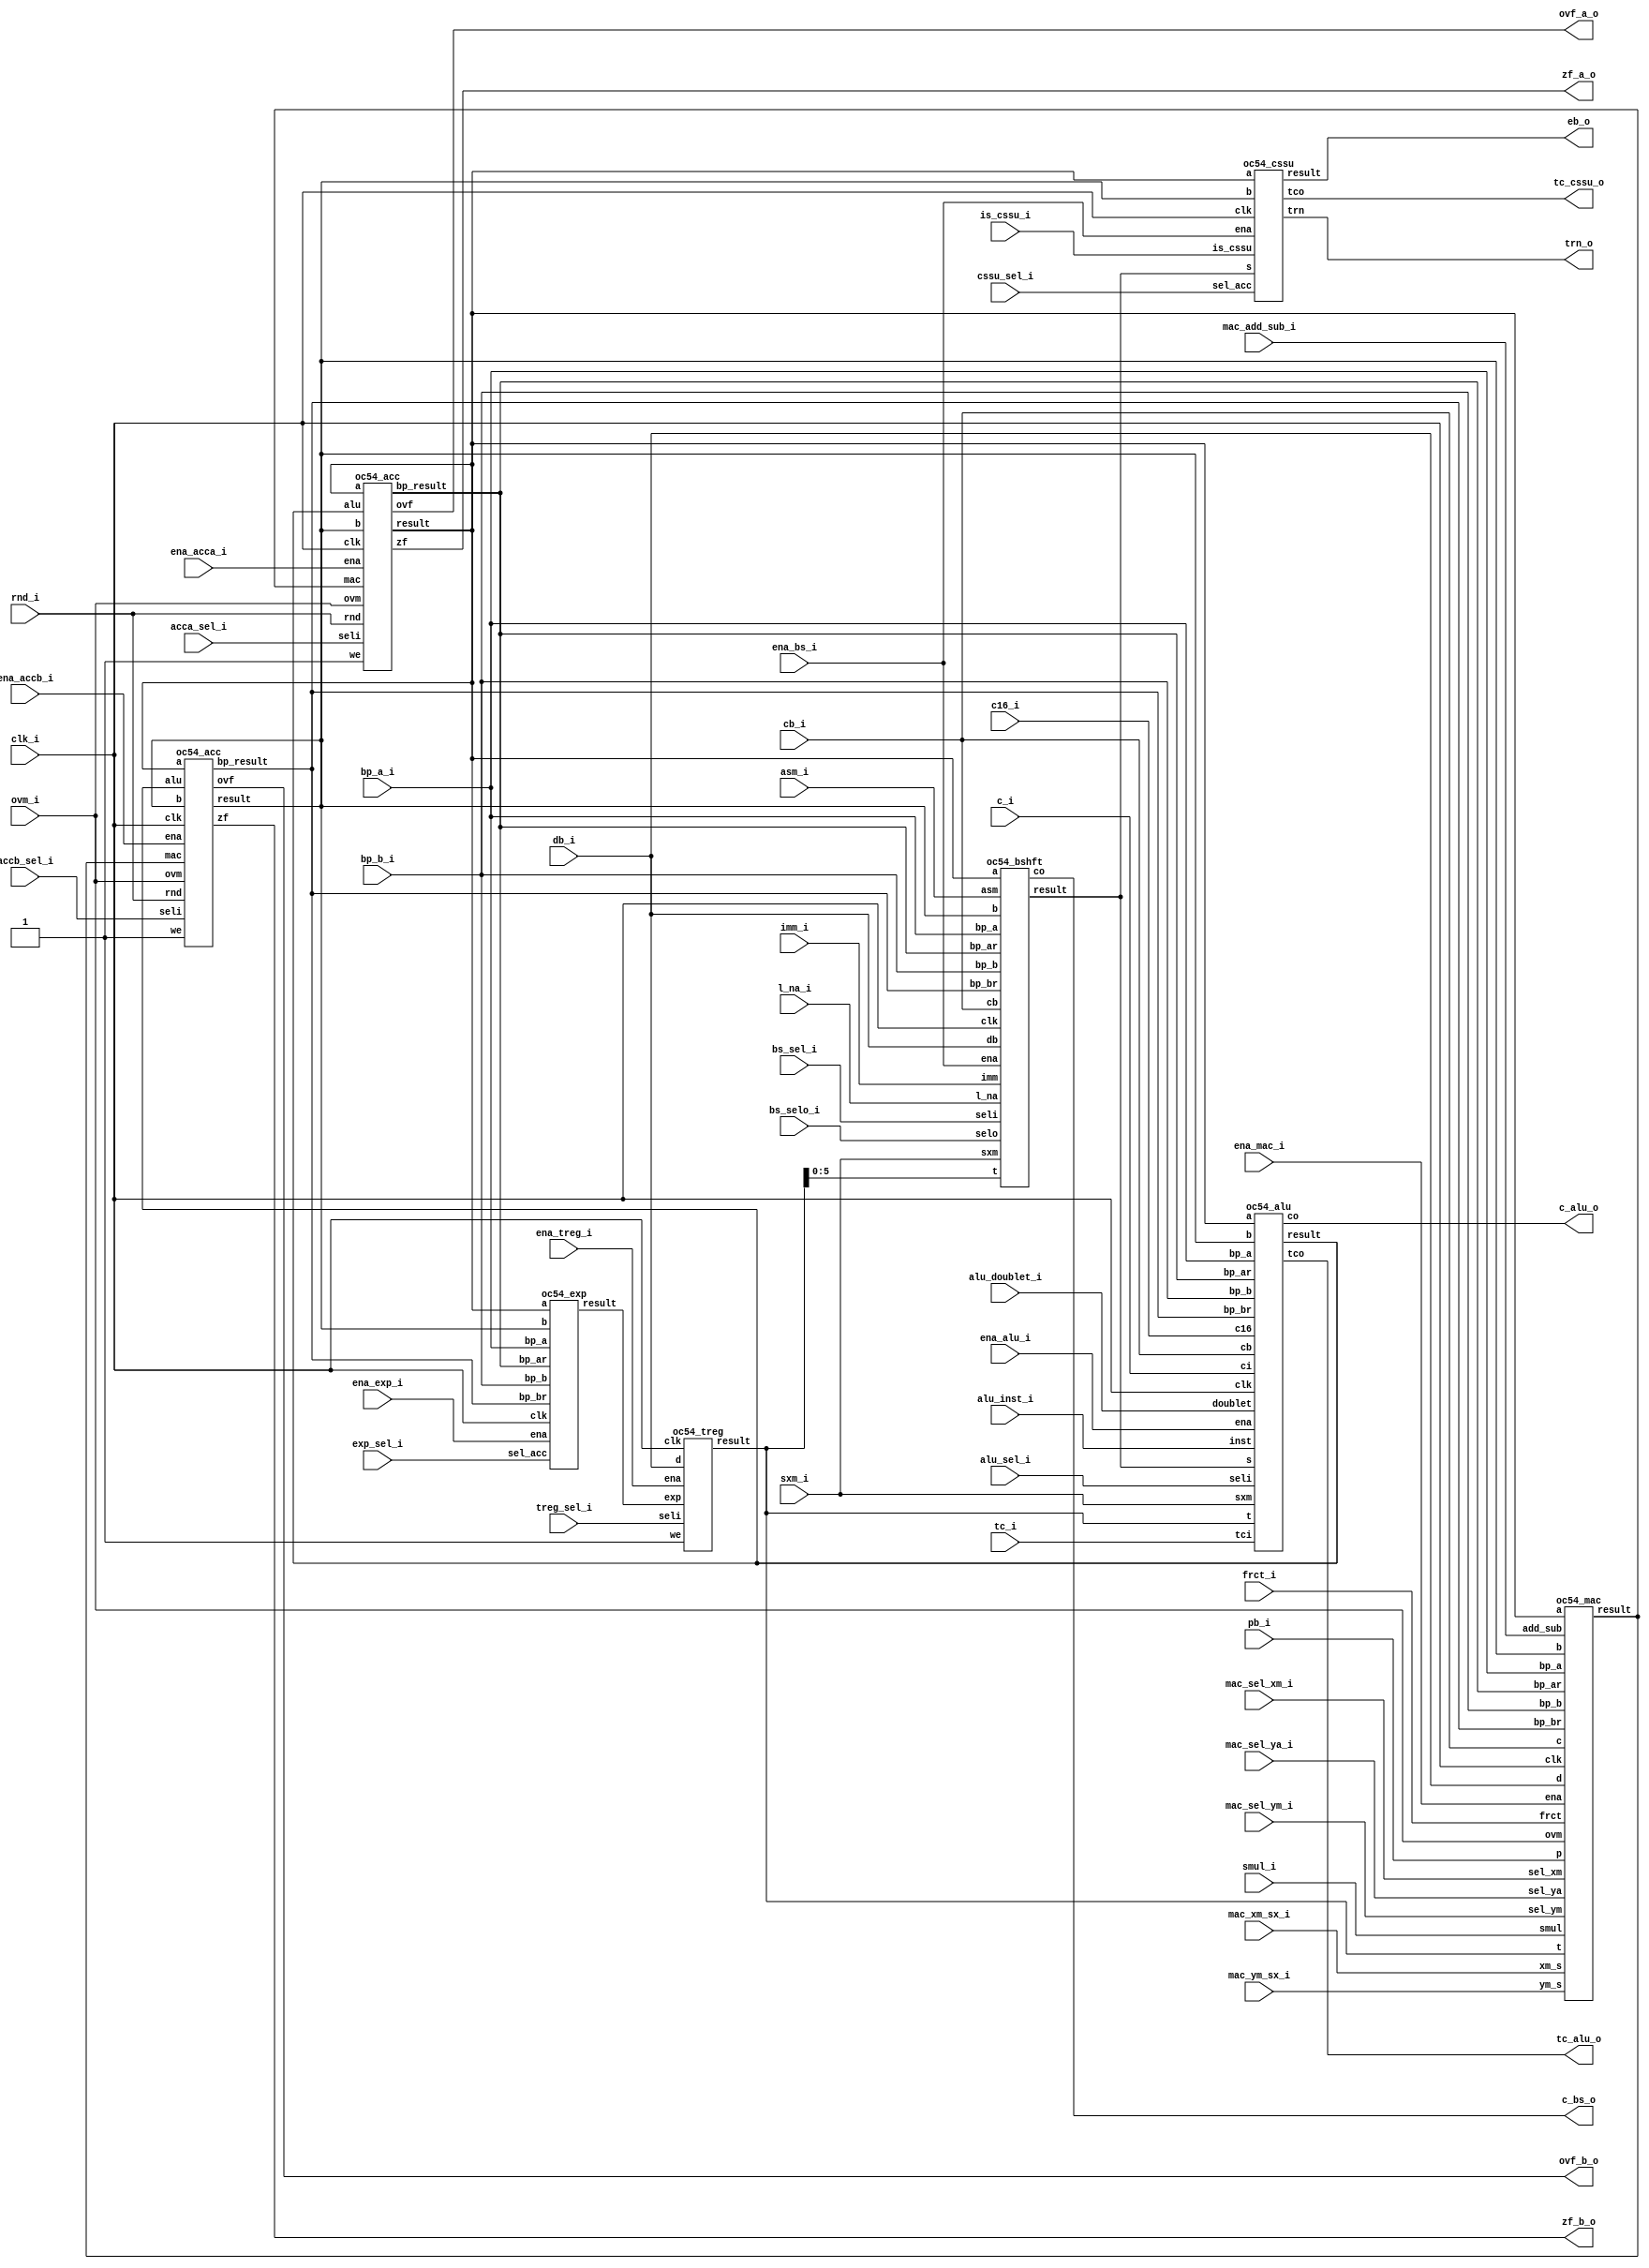

/////////////////////////////////////////////////////////////////////
////                                                             ////
////  OpenCores54 DSP, CPU                                       ////
////                                                             ////
////          richard@asics.ws                                   ////
////          www.asics.ws                                       ////
////                                                             ////
/////////////////////////////////////////////////////////////////////
////                                                             ////
//// Copyright (C) 2002 Richard Herveille                        ////
////                    richard@asics.ws                         ////
////                                                             ////
//// This source file may be used and distributed without        ////
//// restriction provided that this copyright statement is not   ////
//// removed from the file and that any derivative work contains ////
//// the original copyright notice and the associated disclaimer.////
////                                                             ////
////     THIS SOFTWARE IS PROVIDED ``AS IS'' AND WITHOUT ANY     ////
//// EXPRESS OR IMPLIED WARRANTIES, INCLUDING, BUT NOT LIMITED   ////
//// TO, THE IMPLIED WARRANTIES OF MERCHANTABILITY AND FITNESS   ////
//// FOR A PARTICULAR PURPOSE. IN NO EVENT SHALL THE AUTHOR      ////
//// OR CONTRIBUTORS BE LIABLE FOR ANY DIRECT, INDIRECT,         ////
//// INCIDENTAL, SPECIAL, EXEMPLARY, OR CONSEQUENTIAL DAMAGES    ////
//// (INCLUDING, BUT NOT LIMITED TO, PROCUREMENT OF SUBSTITUTE   ////
//// GOODS OR SERVICES; LOSS OF USE, DATA, OR PROFITS; OR        ////
//// BUSINESS INTERRUPTION) HOWEVER CAUSED AND ON ANY THEORY OF  ////
//// LIABILITY, WHETHER IN  CONTRACT, STRICT LIABILITY, OR TORT  ////
//// (INCLUDING NEGLIGENCE OR OTHERWISE) ARISING IN ANY WAY OUT  ////
//// OF THE USE OF THIS SOFTWARE, EVEN IF ADVISED OF THE         ////
//// POSSIBILITY OF SUCH DAMAGE.                                 ////
////                                                             ////
/////////////////////////////////////////////////////////////////////
				
//
// NOTE: Read the pipeline information for the CMPS instruction
//

//
// Xilinx Virtex-E WC: 41 CLB slices @ 130MHz
//
									 
//  CVS Log														     
//																     
//  $Id: oc54_cpu.v,v 1.1.1.1 2002/04/10 09:34:41 rherveille Exp $														     
//																     
//  $Date: 2002/04/10 09:34:41 $														 
//  $Revision: 1.1.1.1 $													 
//  $Author: rherveille $													     
//  $Locker:  $													     
//  $State: Exp $														 
//																     
// Change History:												     
//               $Log: oc54_cpu.v,v $
//               Revision 1.1.1.1  2002/04/10 09:34:41  rherveille
//               Initial relase OpenCores54x DSP (CPU)
//											 
																
module oc54_cpu (
	clk_i, 
	ena_mac_i, ena_alu_i, ena_bs_i, ena_exp_i,
	ena_treg_i, ena_acca_i, ena_accb_i,

	// mac
	mac_sel_xm_i, mac_sel_ym_i, mac_sel_ya_i,
	mac_xm_sx_i, mac_ym_sx_i,	mac_add_sub_i,

	// alu
	alu_inst_i, alu_sel_i, alu_doublet_i,

	// bs
	bs_sel_i, bs_selo_i, l_na_i,
	cssu_sel_i, is_cssu_i,

	// 
	exp_sel_i, treg_sel_i, 
	acca_sel_i, accb_sel_i,

	// common
	pb_i, cb_i, db_i,
	bp_a_i, bp_b_i,

	ovm_i, frct_i, smul_i, sxm_i, c16_i, rnd_i,
	c_i, tc_i,
	asm_i, imm_i,

	// outputs
	c_alu_o, c_bs_o, tc_cssu_o, tc_alu_o,
	ovf_a_o, zf_a_o, ovf_b_o, zf_b_o,
	trn_o, eb_o
	);

//
// parameters
//

//
// inputs & outputs
//
input         clk_i;
input         ena_mac_i, ena_alu_i, ena_bs_i, ena_exp_i;
input         ena_treg_i, ena_acca_i, ena_accb_i;
input  [1:0] mac_sel_xm_i, mac_sel_ym_i, mac_sel_ya_i;
input         mac_xm_sx_i, mac_ym_sx_i, mac_add_sub_i;
input  [6:0] alu_inst_i;
input  [ 1:0] alu_sel_i;
input         alu_doublet_i;
input  [ 1:0] bs_sel_i, bs_selo_i;
input         l_na_i;
input         cssu_sel_i, is_cssu_i;
input         exp_sel_i, treg_sel_i;
input  [ 1:0] acca_sel_i, accb_sel_i;
input  [15:0] pb_i, cb_i, db_i;
input         bp_a_i, bp_b_i;
input         ovm_i, frct_i, smul_i, sxm_i;
input         c16_i, rnd_i, c_i, tc_i, asm_i, imm_i;
output        c_alu_o, c_bs_o, tc_cssu_o, tc_alu_o;
output        ovf_a_o, zf_a_o, ovf_b_o, zf_b_o;
output [15:0] trn_o, eb_o;

//
// variables
//

wire [39:0] acc_a, acc_b, bp_ar, bp_br;
wire [39:0] mac_result, alu_result, bs_result;
wire [15:0] treg;
wire [ 5:0] exp_result;

//
// module body
//

	//
	// instantiate MAC
	oc54_mac cpu_mac(
		.clk(clk_i),             // clock input
		.ena(ena_mac_i),         // MAC clock enable input
		.a(acc_a),               // accumulator A input
		.b(acc_b),               // accumulator B input
		.t(treg),                // TREG input
		.p(pb_i),                // Program Data Bus input
		.c(cb_i),                // Coefficient Data Bus input
		.d(db_i),                // Data Bus input
		.sel_xm(mac_sel_xm_i),   // select multiplier-X input
		.sel_ym(mac_sel_ym_i),   // select muliplier-Y input
		.sel_ya(mac_sel_ya_i),   // select adder-Y input
		.bp_a(bp_a_i),           // bypass accumulator A select input
		.bp_b(bp_b_i),           // bypass accumulator B select input
		.bp_ar(bp_ar),           // bypass accumulator A input
		.bp_br(bp_br),           // bypass accumulator B input
		.xm_s(mac_xm_sx_i),      // sign extend multiplier x-input
		.ym_s(mac_ym_sx_i),      // sign extend multiplier y-input
		.ovm(ovm_i),             // overflow mode input
		.frct(frct_i),           // fractional mode input
		.smul(smul_i),           // saturate on multiply input
		.add_sub(mac_add_sub_i), // add/subtract input
		.result(mac_result)      // MAC result output
	);

	//
	// instantiate ALU
	oc54_alu cpu_alu(
		.clk(clk_i),             // clock input
		.ena(ena_alu_i),         // ALU clock enable input
		.inst(alu_inst_i),       // ALU instruction
		.seli(alu_sel_i),        // ALU x-input select
		.doublet(alu_doublet_i), // double t {treg, treg}
		.a(acc_a),               // accumulator A input
		.b(acc_b),               // accumulator B input
		.s(bs_result),           // barrel shifter result input
		.t(treg),                // TREG input
		.cb(cb_i),               // Coefficient Data Bus input
		.bp_a(bp_a_i),           // bypass accumulator A select input
		.bp_b(bp_b_i),           // bypass accumulator B select input
		.bp_ar(bp_ar),           // bypass accumulator A input
		.bp_br(bp_br),           // bypass accumulator B input
		.c16(c16_i),             // c16 (double 16/long-word) input
		.sxm(sxm_i),             // sign extend mode input
		.ci(c_i),                // carry input
		.tci(tc_i),              // test/control flag input
		.co(c_alu_o),            // ALU carry output
		.tco(tc_alu_o),          // ALU test/control flag output
		.result(alu_result)      // ALU result output
	);

	//
	// instantiate barrel shifter
	oc54_bshft cpu_bs(
		.clk(clk_i),             // clock input
		.ena(ena_bs_i),          // BS clock enable input
		.a(acc_a),               // accumulator A input
		.b(acc_b),               // accumulator B input
		.cb(cb_i),               // Coefficient Data Bus input
		.db(db_i),               // Data Bus input
		.bp_a(bp_a_i),           // bypass accumulator A select input
		.bp_b(bp_b_i),           // bypass accumulator B select input
		.bp_ar(bp_ar),           // bypass accumulator A input
		.bp_br(bp_br),           // bypass accumulator B input
		.l_na(l_na_i),           // BS logical/arithmetic shift mode input
		.sxm(sxm_i),             // sign extend mode input
		.seli(bs_sel_i),         // BS operand select input
		.selo(bs_selo_i),        // BS operator select input
		.t(treg[5:0]),                // TREG input
		.asm(asm_i),             // Accumulator Shift Mode input
		.imm(imm_i),             // Opcode Immediate input
		.result(bs_result),       // BS result output
		.co(c_bs_o)             // BS carry output (1 cycle ahead)
	);

	// instantiate Compare Select Store Unit
	oc54_cssu cpu_cssu(
		.clk(clk_i),             // clock input
		.ena(ena_bs_i),          // BS/CSSU clock enable input
		.sel_acc(cssu_sel_i),    // CSSU accumulator select input
		.is_cssu(is_cssu_i),     // CSSU/NormalShift operation
		.a(acc_a),               // accumulator A input
		.b(acc_b),               // accumulator B input
		.s(bs_result),           // BarrelShifter result input
		.tco(tc_cssu_o),         // test/control flag output
		.trn(trn_o),             // Transition register output
		.result(eb_o)            // Result Data Bus output
	);

	//
	// instantiate Exponent Encoder
	oc54_exp cpu_exp_enc(
		.clk(clk_i),             // clock input
		.ena(ena_exp_i),         // Exponent Encoder clock enable input
		.sel_acc(exp_sel_i),     // ExpE. accumulator select input
		.a(acc_a),               // accumulator A input
		.b(acc_b),               // accumulator B input
		.bp_ar(bp_ar),           // bypass accumulator A input
		.bp_br(bp_br),           // bypass accumulator B input
		.bp_a(bp_a_i),           // bypass accumulator A select input
		.bp_b(bp_b_i),           // bypass accumulator B select input
		.result(exp_result)      // Exponent Encoder result output
	);
	
	//
	// instantiate Temporary Register
	oc54_treg cpu_treg(
		.clk(clk_i),             // clock input
		.ena(ena_treg_i),        // treg clock enable input
		.seli(treg_sel_i),       // treg select input
		.we(1'b1),               // treg write enable input
		.exp(exp_result),        // Exponent Encoder Result input
		.d(db_i),                // Data Bus input
		.result(treg)            // TREG
	);

	//
	// instantiate accumulators
	oc54_acc cpu_acc_a(
		.clk(clk_i),             // clock input
		.ena(ena_acca_i),        // accumulator A clock enable input
		.seli(acca_sel_i),       // accumulator A select input      
		.we(1'b1),               // write enable input
		.a(acc_a),               // accumulator A input
		.b(acc_b),               // accumulator B input
		.alu(alu_result),        // ALU result input
		.mac(mac_result),        // MAC result input
		.ovm(ovm_i),             // overflow mode input
		.rnd(rnd_i),             // mac-rounding input
		.zf(zf_a_o),             // accumulator A zero flag output
		.ovf(ovf_a_o),           // accumulator A overflow flag output
		.bp_result(bp_ar),       // bypass accumulator A output
		.result(acc_a)           // accumulator A output
	);
	
	oc54_acc cpu_acc_b(
		.clk(clk_i),             // clock input
		.ena(ena_accb_i),        // accumulator B clock enable input
		.seli(accb_sel_i),       // accumulator B select input      
		.we(1'b1),               // write enable input
		.a(acc_a),               // accumulator A input
		.b(acc_b),               // accumulator B input
		.alu(alu_result),        // ALU result input
		.mac(mac_result),        // MAC result input
		.ovm(ovm_i),             // overflow mode input
		.rnd(rnd_i),             // mac-rounding input
		.zf(zf_b_o),             // accumulator B zero flag output
		.ovf(ovf_b_o),           // accumulator B overflow flag output
		.bp_result(bp_br),       // bypass accumulator B output
		.result(acc_b)           // accumulator B output
	);
endmodule


/////////////////////////////////////////////////////////////////////
////                                                             ////
////  OpenCores54 DSP, accumulator                               ////
////                                                             ////
////          richard@asics.ws                                   ////
////          www.asics.ws                                       ////
////                                                             ////
/////////////////////////////////////////////////////////////////////
////                                                             ////
//// Copyright (C) 2002 Richard Herveille                        ////
////                    richard@asics.ws                         ////
////                                                             ////
//// This source file may be used and distributed without        ////
//// restriction provided that this copyright statement is not   ////
//// removed from the file and that any derivative work contains ////
//// the original copyright notice and the associated disclaimer.////
////                                                             ////
////     THIS SOFTWARE IS PROVIDED ``AS IS'' AND WITHOUT ANY     ////
//// EXPRESS OR IMPLIED WARRANTIES, INCLUDING, BUT NOT LIMITED   ////
//// TO, THE IMPLIED WARRANTIES OF MERCHANTABILITY AND FITNESS   ////
//// FOR A PARTICULAR PURPOSE. IN NO EVENT SHALL THE AUTHOR      ////
//// OR CONTRIBUTORS BE LIABLE FOR ANY DIRECT, INDIRECT,         ////
//// INCIDENTAL, SPECIAL, EXEMPLARY, OR CONSEQUENTIAL DAMAGES    ////
//// (INCLUDING, BUT NOT LIMITED TO, PROCUREMENT OF SUBSTITUTE   ////
//// GOODS OR SERVICES; LOSS OF USE, DATA, OR PROFITS; OR        ////
//// BUSINESS INTERRUPTION) HOWEVER CAUSED AND ON ANY THEORY OF  ////
//// LIABILITY, WHETHER IN  CONTRACT, STRICT LIABILITY, OR TORT  ////
//// (INCLUDING NEGLIGENCE OR OTHERWISE) ARISING IN ANY WAY OUT  ////
//// OF THE USE OF THIS SOFTWARE, EVEN IF ADVISED OF THE         ////
//// POSSIBILITY OF SUCH DAMAGE.                                 ////
////                                                             ////
/////////////////////////////////////////////////////////////////////
																	 
//
// Xilinx Virtex-E WC: 96 CLB slices @ 51MHz
//
									 
//  CVS Log														     
//																     
//  $Id: oc54_acc.v,v 1.1.1.1 2002/04/10 09:34:39 rherveille Exp $														     
//																     
//  $Date: 2002/04/10 09:34:39 $														 
//  $Revision: 1.1.1.1 $													 
//  $Author: rherveille $													     
//  $Locker:  $													     
//  $State: Exp $														 
//																     
// Change History:												     
//               $Log: oc54_acc.v,v $
//               Revision 1.1.1.1  2002/04/10 09:34:39  rherveille
//               Initial relase OpenCores54x DSP (CPU)
//											 
																
module oc54_acc (
	clk, ena,
	seli, we,
	a, b, alu, mac,
	ovm, rnd,
	zf, ovf,
	bp_result, result 
	);

//
// parameters
//

//
// inputs & outputs
//
input         clk;
input         ena;
input  [ 1:0] seli;              // select input
input         we;                // write enable
input  [39:0] a, b, alu, mac;    // accumulators, alu, mac input
input         ovm, rnd;          // overflow mode, saturate, round
output        ovf, zf;           // carry out, overflow, zero, tc-out
output [39:0] result;            // accumulator register output
output [39:0] bp_result;         // accumulator register bypass output

reg        ovf, zf;
reg [39:0] result;

//
// variables
//
reg  [39: 0] sel_r, iresult; // select results, final result
wire         iovf;

//
// module body
//

//
// generate input selection
//

// input selection & MAC-rounding
always@(seli or a or b or alu or mac or rnd)
	case(seli) // synopsis full_case parallel_case
		2'b00: sel_r = a;
		2'b01: sel_r = b;
		2'b10: sel_r = alu;
		2'b11: sel_r = rnd ? (mac + 16'h8000) & 40'hffffff0000 : mac;
	endcase

// overflow detection
// no overflow when:
// 1) all guard bits are set (valid negative number)
// 2) no guard bits are set (valid positive number)
assign iovf = 1'b1;// !( sel_r[39:32] || (~sel_r[39:32]) );

// saturation
always@(iovf or ovm or sel_r)
	if (ovm & iovf)
		if (sel_r[39]) // negate overflow
			iresult = 40'hff80000000;
		else             // positive overflow
			iresult = 40'h007fffffff;
	else
			iresult = sel_r;

//
// generate registers
//

// generate bypass output
assign bp_result = iresult;

// result
always@(posedge clk)
	if (ena & we)
		result <= iresult;

// ovf, zf
always@(posedge clk)
	if (ena & we)
		begin
			ovf <= iovf;
			zf  <= ~|iresult;
		end

endmodule

/////////////////////////////////////////////////////////////////////
////                                                             ////
////  OpenCores54 DSP, ALU                                       ////
////                                                             ////
////          richard@asics.ws                                   ////
////          www.asics.ws                                       ////
////                                                             ////
/////////////////////////////////////////////////////////////////////
////                                                             ////
//// Copyright (C) 2002 Richard Herveille                        ////
////                    richard@asics.ws                         ////
////                                                             ////
//// This source file may be used and distributed without        ////
//// restriction provided that this copyright statement is not   ////
//// removed from the file and that any derivative work contains ////
//// the original copyright notice and the associated disclaimer.////
////                                                             ////
////     THIS SOFTWARE IS PROVIDED ``AS IS'' AND WITHOUT ANY     ////
//// EXPRESS OR IMPLIED WARRANTIES, INCLUDING, BUT NOT LIMITED   ////
//// TO, THE IMPLIED WARRANTIES OF MERCHANTABILITY AND FITNESS   ////
//// FOR A PARTICULAR PURPOSE. IN NO EVENT SHALL THE AUTHOR      ////
//// OR CONTRIBUTORS BE LIABLE FOR ANY DIRECT, INDIRECT,         ////
//// INCIDENTAL, SPECIAL, EXEMPLARY, OR CONSEQUENTIAL DAMAGES    ////
//// (INCLUDING, BUT NOT LIMITED TO, PROCUREMENT OF SUBSTITUTE   ////
//// GOODS OR SERVICES; LOSS OF USE, DATA, OR PROFITS; OR        ////
//// BUSINESS INTERRUPTION) HOWEVER CAUSED AND ON ANY THEORY OF  ////
//// LIABILITY, WHETHER IN  CONTRACT, STRICT LIABILITY, OR TORT  ////
//// (INCLUDING NEGLIGENCE OR OTHERWISE) ARISING IN ANY WAY OUT  ////
//// OF THE USE OF THIS SOFTWARE, EVEN IF ADVISED OF THE         ////
//// POSSIBILITY OF SUCH DAMAGE.                                 ////
////                                                             ////
/////////////////////////////////////////////////////////////////////
						
//
// Xilinx Virtex-E WC: 617 CLB slices @ 58MHz
//
											 
//  CVS Log														     
//																     
//  $Id: oc54_alu.v,v 1.1.1.1 2002/04/10 09:34:40 rherveille Exp $														     
//																     
//  $Date: 2002/04/10 09:34:40 $														 
//  $Revision: 1.1.1.1 $													 
//  $Author: rherveille $													     
//  $Locker:  $													     
//  $State: Exp $														 
//																     
// Change History:												     
//               $Log: oc54_alu.v,v $
//               Revision 1.1.1.1  2002/04/10 09:34:40  rherveille
//               Initial relase OpenCores54x DSP (CPU)
//											 
																
////                                                             ////
////  OpenCores54 DSP, ALU defines                               ////
////                                                             ////
////          richard@asics.ws                                   ////
////          www.asics.ws                                       ////
////                                                             ////
/////////////////////////////////////////////////////////////////////
////                                                             ////
//// Copyright (C) 2002 Richard Herveille                        ////
////                    richard@asics.ws                         ////
////                                                             ////
//// This source file may be used and distributed without        ////
//// restriction provided that this copyright statement is not   ////
//// removed from the file and that any derivative work contains ////
//// the original copyright notice and the associated disclaimer.////
////                                                             ////
////     THIS SOFTWARE IS PROVIDED ``AS IS'' AND WITHOUT ANY     ////
//// EXPRESS OR IMPLIED WARRANTIES, INCLUDING, BUT NOT LIMITED   ////
//// TO, THE IMPLIED WARRANTIES OF MERCHANTABILITY AND FITNESS   ////
//// FOR A PARTICULAR PURPOSE. IN NO EVENT SHALL THE AUTHOR      ////
//// OR CONTRIBUTORS BE LIABLE FOR ANY DIRECT, INDIRECT,         ////
//// INCIDENTAL, SPECIAL, EXEMPLARY, OR CONSEQUENTIAL DAMAGES    ////
//// (INCLUDING, BUT NOT LIMITED TO, PROCUREMENT OF SUBSTITUTE   ////
//// GOODS OR SERVICES; LOSS OF USE, DATA, OR PROFITS; OR        ////
//// BUSINESS INTERRUPTION) HOWEVER CAUSED AND ON ANY THEORY OF  ////
//// LIABILITY, WHETHER IN  CONTRACT, STRICT LIABILITY, OR TORT  ////
//// (INCLUDING NEGLIGENCE OR OTHERWISE) ARISING IN ANY WAY OUT  ////
//// OF THE USE OF THIS SOFTWARE, EVEN IF ADVISED OF THE         ////
//// POSSIBILITY OF SUCH DAMAGE.                                 ////
////                                                             ////
/////////////////////////////////////////////////////////////////////
																	 
//  CVS Log														     
//																     
//  $Id: oc54_alu_defines.v,v 1.1.1.1 2002/04/10 09:34:40 rherveille Exp $														     
//																     
//  $Date: 2002/04/10 09:34:40 $														 
//  $Revision: 1.1.1.1 $													 
//  $Author: rherveille $													     
//  $Locker:  $													     
//  $State: Exp $														 
//																     
// Change History:												     
//               $Log: oc54_alu_defines.v,v $
//               Revision 1.1.1.1  2002/04/10 09:34:40  rherveille
//               Initial relase OpenCores54x DSP (CPU)
//											 
																

//
// Encoding: bit[6] always zero
//           bit[5:4] instuction type
//           - 00: (dual) arithmetic
//           - 01: logical (incl. shift)
//           - 10: bit-test & compare
//           - 11: reserved
// Leonardo-Spectrum seems to like the additional zero bit[6] in
// the encoding scheme. It produces the smallest and fastest code 
// like this. (Why ???)
//

//
// arithmetic instructions
//







//
// dual arithmetic instructions
//






//
// logical instructions
//





//
// shift instructions
//





//
// bit test instructions
//







//
// condition codes for CMP-test
//






module oc54_alu (
	clk, ena, inst,
	seli, doublet,
	a, b, s, t, cb,
	bp_a, bp_b,	bp_ar, bp_br,
	c16, sxm, ci, tci, 
	co, tco,
	result
	);

//
// parameters
//

//
// inputs & outputs
//
input         clk;
input         ena;
input  [ 6:0] inst;              // instruction
input  [ 1:0] seli;              // input selection
input         doublet;           // {T, T}
input  [39:0] a, b, s;           // accumulators + shifter inputs
input  [15:0] t, cb;             // TREG + c-bus input
input  [39:0] bp_ar, bp_br;      // bypass a register, bypass b register
input         bp_a, bp_b;        // bypass select
input         c16, sxm;          // dual-mode, sign-extend-mode, 
input         ci, tci;           // carry in, tc-in
output        co, tco;           // carry out, overflow, zero, tc-out
output [39:0] result;

reg        co, tco;
reg [39:0] result;

//
// variables
//
reg [39:0] iresult;
reg        itco, ico;
reg [39:0] x;

wire [39:0] y;

reg dc16, dci, dtci;

reg [6:0] dinst;


//
// module body
//

//
// generate input selection, barrel-shifter has 1cycle delay
//
always@(posedge clk)
	if (ena)
		case(seli) // synopsis full_case parallel_case
			2'b00 : 
				if (doublet)
					x <= {8'b00000000, t, t}; // is this correct ??
				else
					x <= {sxm, t};
					// PAJ ? x <= { {39-15{sxm ? t[15] : 1'b0}}, t};
			2'b01 : x <= bp_a ? bp_ar : a;
			2'b10 : x <= bp_b ? bp_br : b;
			2'b11 : x <= cb; 
			// PAJ ? 2'b11 : x <= { {39-15{sxm ? cb[15] : 1'b0}}, cb}; 
		endcase

assign y = s; // second input from barrel-shifter

//
// delay control signals
//
always@(posedge clk)
	if (ena)
		begin
			dc16   <= c16;
			dci    <= ci;
			dtci   <= tci;
			dinst  <= inst;
		end

//
// generate ALU
//
always@(dinst or x or y or dc16 or dtci or dci)
begin

/*
	ico     = dci;
	itco    = dtci;
	iresult = x;
*/

	case(dinst) // synopsis full_case parallel_case
		//
		// Arithmetic instructions
		//
		7'b0000000 : // absolute value
			begin
				if (x[39])
					iresult = (~x) + 1'b1;
				else
					iresult = x;

					ico     = ~|(iresult);
			end

		7'b0000010 : // ALSO ADDC, ADDS. For ADD, ADDS ci = 1'b0;
			begin
				iresult = x + y + dci;
				ico     = iresult[32];
			end

		7'b0000100 : // ALSO MIN. MAX: x==accA, y==accB, MIN: x==accB, y ==accA
			begin
					ico     = (x > y);
					iresult = (x > y) ? x : y;
			end

		7'b0000001 :
			begin
					iresult = (~x) + 1'b1;
					ico     = ~|(iresult);
			end

		7'b0000011 : // ALSO SUBB, SUBS. For SUB, SUBS ci = 1'b1;
			begin
				iresult = x - y - ~dci;
				ico     = iresult[32];
			end

		7'b0000101 : // subtract conditional (for division)
			begin
				// FIXME: Is this correct ?? How does SUBC affect the carry bit ?
			//	iresult = x - y;
				ico     = iresult[32];

				if ( x > 0 )
//					iresult = (iresult << 1) + 1'b1;
					iresult = ({x[38:0], 1'b0}) + 1'b1;
				else
//					iresult = x << 1;
					iresult = {x[38:0], 1'b0};
			end
					

		//
		// Dual Precision Arithmetic instructions
		//
		7'b0001000 :
			if (dc16)  // dual add          result_hi/lo = x_hi/lo + y_hi/lo
				begin
					iresult[39:16] = x[31:16] + y[31:16];
					iresult[15: 0] = x[15: 0] + y[15: 0]; 
				end
			else      // 32bit add         result = x + y
					{ico, iresult} = x + y;
				
		7'b0001100 :
			if (dc16) // dual subtract     result_hi/lo = x_hi/lo - y_hi/lo
				begin
					iresult[39:16] = x[31:16] - y[31:16];
					iresult[15: 0] = x[15: 0] - y[15: 0]; 
				end
			else     // 32bit subtract    result = x - y
				begin
					iresult = x - y;
					ico     = iresult[32];
				end

		7'b0001101 : // ALSO DSUBT: make sure x = {T, T}
			if (dc16)	// dual reverse sub. result_hi/lo = y_hi/lo - x_hi/lo
				begin
					iresult[39:16] = y[31:16] - x[31:16];
					iresult[15: 0] = y[15: 0] - x[15: 0]; 
				end
			else     // 32bit reverse sub.result = y - x
				begin
					iresult = y - x;
					ico     = iresult[32];
				end

		7'b0001110 : // DSADT: make  sure x = {T, T}
			if (dc16)
				begin
						iresult[39:16] = y[31:16] - x[31:16];
						iresult[15: 0] = y[15: 0] + x[15: 0]; 
				end
			else
				begin
					iresult = y - x;
					ico     = iresult[32];
				end
	
		7'b0001001 : // DADST: make sure x = {T, T}
			if (dc16)
				begin
						iresult[39:16] = y[31:16] + x[31:16];
						iresult[15: 0] = y[15: 0] - x[15: 0]; 
				end
			else
				begin
					iresult = x + y;
					ico     = iresult[32];
				end
				
		//
		// logical instructions
		//
		7'b0010000 : // CMPL
					iresult = ~x;

		7'b0010001 :
					iresult = x & y;

		7'b0010010 :
					iresult = x | y;

		7'b0010011 :
					iresult = x ^ y;

		//
		// shift instructions
		//
		7'b0010100 :
			begin
					iresult[39:32] = 8'b00000000;
					iresult[31: 0] = {x[30:0], dci};
					ico            = x[31];
			end

		7'b0010101 :
			begin
					iresult[39:32] = 8'b00000000;
					iresult[31: 0] = {x[30:0], dtci};
					ico            = x[31];
			end

		7'b0010110 :
			begin
					iresult[39:32] = 8'b00000000;
					iresult[31: 0] = {dci, x[31:1]};
					ico            = x[0];
			end

		7'b0010111 :
			if (x[31] & x[30])
				begin
//					iresult = x << 1;
					iresult = {x[38:0], 1'b0};
					itco    = 1'b0;
				end
			else
				begin
					iresult = x;
					itco    = 1'b1;
				end

		//
		// bit test and compare instructions
		//
		7'b0100000 :
					itco = ~|( x[15:0] & y[15:0] );

		7'b0100001 : // BIT, BITT y=Smem, x=imm or T
					//itco = y[ ~x[3:0] ]; // maybe do ~x at a higher level ??
					itco = y[0]; // maybe do ~x at a higher level ??

		7'b0100100	: // ALSO CMPM. for CMPM [39:16]==0
					itco = ~|(x ^ y);
		7'b0100101 :
					itco = x < y;
		7'b0100110 :
					itco = x > y;
		7'b0100111 :
					itco = |(x ^ y);

		//
		// NOP
		//
		default :
			begin
				ico     = dci;
				itco    = dtci;
				iresult = x;
			end
	endcase				
end


//
// generate registers
//

// result
always@(posedge clk)
	if (ena)
		result <= iresult;

// tco, co
always@(posedge clk)
	if (ena)
		begin
			tco <= itco;
			co  <= ico;
		end

endmodule


/////////////////////////////////////////////////////////////////////
////                                                             ////
////  OpenCores54 DSP, ALU defines                               ////
////                                                             ////
////          richard@asics.ws                                   ////
////          www.asics.ws                                       ////
////                                                             ////
/////////////////////////////////////////////////////////////////////
////                                                             ////
//// Copyright (C) 2002 Richard Herveille                        ////
////                    richard@asics.ws                         ////
////                                                             ////
//// This source file may be used and distributed without        ////
//// restriction provided that this copyright statement is not   ////
//// removed from the file and that any derivative work contains ////
//// the original copyright notice and the associated disclaimer.////
////                                                             ////
////     THIS SOFTWARE IS PROVIDED ``AS IS'' AND WITHOUT ANY     ////
//// EXPRESS OR IMPLIED WARRANTIES, INCLUDING, BUT NOT LIMITED   ////
//// TO, THE IMPLIED WARRANTIES OF MERCHANTABILITY AND FITNESS   ////
//// FOR A PARTICULAR PURPOSE. IN NO EVENT SHALL THE AUTHOR      ////
//// OR CONTRIBUTORS BE LIABLE FOR ANY DIRECT, INDIRECT,         ////
//// INCIDENTAL, SPECIAL, EXEMPLARY, OR CONSEQUENTIAL DAMAGES    ////
//// (INCLUDING, BUT NOT LIMITED TO, PROCUREMENT OF SUBSTITUTE   ////
//// GOODS OR SERVICES; LOSS OF USE, DATA, OR PROFITS; OR        ////
//// BUSINESS INTERRUPTION) HOWEVER CAUSED AND ON ANY THEORY OF  ////
//// LIABILITY, WHETHER IN  CONTRACT, STRICT LIABILITY, OR TORT  ////
//// (INCLUDING NEGLIGENCE OR OTHERWISE) ARISING IN ANY WAY OUT  ////
//// OF THE USE OF THIS SOFTWARE, EVEN IF ADVISED OF THE         ////
//// POSSIBILITY OF SUCH DAMAGE.                                 ////
////                                                             ////
/////////////////////////////////////////////////////////////////////
																	 
//  CVS Log														     
//																     
//  $Id: oc54_alu_defines.v,v 1.1.1.1 2002/04/10 09:34:40 rherveille Exp $														     
//																     
//  $Date: 2002/04/10 09:34:40 $														 
//  $Revision: 1.1.1.1 $													 
//  $Author: rherveille $													     
//  $Locker:  $													     
//  $State: Exp $														 
//																     
// Change History:												     
//               $Log: oc54_alu_defines.v,v $
//               Revision 1.1.1.1  2002/04/10 09:34:40  rherveille
//               Initial relase OpenCores54x DSP (CPU)
//											 
																

//
// Encoding: bit[6] always zero
//           bit[5:4] instuction type
//           - 00: (dual) arithmetic
//           - 01: logical (incl. shift)
//           - 10: bit-test & compare
//           - 11: reserved
// Leonardo-Spectrum seems to like the additional zero bit[6] in
// the encoding scheme. It produces the smallest and fastest code 
// like this. (Why ???)
//

//
// arithmetic instructions
//







//
// dual arithmetic instructions
//






//
// logical instructions
//





//
// shift instructions
//





//
// bit test instructions
//







//
// condition codes for CMP-test
//





/////////////////////////////////////////////////////////////////////
////                                                             ////
////  OpenCores54 DSP, Barrel Shifter                            ////
////                                                             ////
////          richard@asics.ws                                   ////
////          www.asics.ws                                       ////
////                                                             ////
/////////////////////////////////////////////////////////////////////
////                                                             ////
//// Copyright (C) 2002 Richard Herveille                        ////
////                    richard@asics.ws                         ////
////                                                             ////
//// This source file may be used and distributed without        ////
//// restriction provided that this copyright statement is not   ////
//// removed from the file and that any derivative work contains ////
//// the original copyright notice and the associated disclaimer.////
////                                                             ////
////     THIS SOFTWARE IS PROVIDED ``AS IS'' AND WITHOUT ANY     ////
//// EXPRESS OR IMPLIED WARRANTIES, INCLUDING, BUT NOT LIMITED   ////
//// TO, THE IMPLIED WARRANTIES OF MERCHANTABILITY AND FITNESS   ////
//// FOR A PARTICULAR PURPOSE. IN NO EVENT SHALL THE AUTHOR      ////
//// OR CONTRIBUTORS BE LIABLE FOR ANY DIRECT, INDIRECT,         ////
//// INCIDENTAL, SPECIAL, EXEMPLARY, OR CONSEQUENTIAL DAMAGES    ////
//// (INCLUDING, BUT NOT LIMITED TO, PROCUREMENT OF SUBSTITUTE   ////
//// GOODS OR SERVICES; LOSS OF USE, DATA, OR PROFITS; OR        ////
//// BUSINESS INTERRUPTION) HOWEVER CAUSED AND ON ANY THEORY OF  ////
//// LIABILITY, WHETHER IN  CONTRACT, STRICT LIABILITY, OR TORT  ////
//// (INCLUDING NEGLIGENCE OR OTHERWISE) ARISING IN ANY WAY OUT  ////
//// OF THE USE OF THIS SOFTWARE, EVEN IF ADVISED OF THE         ////
//// POSSIBILITY OF SUCH DAMAGE.                                 ////
////                                                             ////
/////////////////////////////////////////////////////////////////////
					
//
// Xilinx Virtex-E WC: 348 CLB slices @ 68MHz
//
												 
//  CVS Log														     
//																     
//  $Id: oc54_bshft.v,v 1.1.1.1 2002/04/10 09:34:40 rherveille Exp $														     
//																     
//  $Date: 2002/04/10 09:34:40 $														 
//  $Revision: 1.1.1.1 $													 
//  $Author: rherveille $													     
//  $Locker:  $													     
//  $State: Exp $														 
//																     
// Change History:												     
//               $Log: oc54_bshft.v,v $
//               Revision 1.1.1.1  2002/04/10 09:34:40  rherveille
//               Initial relase OpenCores54x DSP (CPU)
//											 
																
module oc54_bshft (
	clk, ena, 
	a, b, cb, db,
	bp_a, bp_b, bp_ar, bp_br,
	l_na, sxm, seli, selo,
	t, asm, imm,
	result, co
	);

//
// parameters
//

//
// inputs & outputs
//
input         clk;
input         ena;
input  [39:0] a, b;           // accumulator
input  [15:0] cb, db;         // memory data inputs
input  [39:0] bp_ar, bp_br;   // bypass a register, bypass b register
input         bp_a, bp_b;     // bypass select
input         sxm;            // sign extend mode
input         l_na;           // logical/not arithmetic shift
input  [ 1:0] seli;           // select operand (input)
input  [ 1:0] selo;           // select operator
input  [ 5:0] t;              // TREG, 6lsbs
input  asm;            // asm bits
input  imm;            // 5bit immediate value
output [39:0] result;
output        co;             // carry out output

reg [39:0] result;
reg        co;

//
// variables
//

reg [ 5:0] shift_cnt;
reg [39:0] operand;

//
// module body
//


//
// generate shift count
//
always@(selo or t or asm or imm)
	case (selo) // synopsis full_case parallel_case
		2'b00: shift_cnt = t;
		2'b01: shift_cnt = {asm, asm, asm, asm, asm};
		2'b10: shift_cnt = {imm, imm, imm, imm, imm};
		2'b11: shift_cnt = {imm, imm, imm, imm, imm};
	endcase

//
// generate operand
//
always@(seli or bp_a or a or bp_ar or bp_b or b or bp_br or cb or db)
	case (seli) // synopsis full_case parallel_case
		2'b00 : operand = bp_b ? bp_br : b;
		2'b01 : operand = bp_a ? bp_ar : a;
		2'b10 : operand = db;       // 16bit operand databus
		2'b11 : operand = {cb, db}; // 32bit operand
	endcase

//
// generate shifter
//
always@(posedge clk)
	if (ena)
		if (l_na) // logical shift
			if (shift_cnt[5])
				begin
					result[39:32] <= 8'h0;
					//result[31: 0] <= operand[31:0] >> (~shift_cnt[4:0] +1'h1);
					result[31: 0] <= operand[31:0] >> 2;//(~shift_cnt[4:0] +1'h1);
					//co            <= operand[ ~shift_cnt[4:0] ];
					co            <= operand[0];
				end
			else if ( ~|shift_cnt[4:0] )
				begin
					result <= operand;
					co     <= 1'b0;
				end
			else
				begin
					result[39:32] <= 8'h0;
					//result[31: 0] <= operand[31:0] << shift_cnt[4:0];
					result[31: 0] <= operand[31:0] << 1;// shift_cnt[4:0];
					//co            <= operand[ 5'h1f - shift_cnt[4:0] ];
					co            <= operand[0];
				end
		else      // arithmetic shift
			if (shift_cnt[5])
				begin
					if (sxm)
						//result <= { {16{operand[39]}} ,operand} >> (~shift_cnt[4:0] +1'h1);
						result <= operand >> 4;// (~shift_cnt[4:0] +1'h1);
					else
						//result <= operand >> (~shift_cnt[4:0] +1'h1);
						result <= operand >> 3;// (~shift_cnt[4:0] +1'h1);
					//co     <= operand[ ~shift_cnt[4:0] ];
					co     <= operand[0];
				end
			else
				begin
					result <= operand << 5;// shift_cnt[4:0];
					//result <= operand << shift_cnt[4:0];
					//co     <= operand[ 6'h27 - shift_cnt[4:0] ];
					co     <= operand[0];
				end

endmodule


/////////////////////////////////////////////////////////////////////
////                                                             ////
////  OpenCores54 DSP, Compare Select and Store Unit (CSSU)      ////
////                                                             ////
////          richard@asics.ws                                   ////
////          www.asics.ws                                       ////
////                                                             ////
/////////////////////////////////////////////////////////////////////
////                                                             ////
//// Copyright (C) 2002 Richard Herveille                        ////
////                    richard@asics.ws                         ////
////                                                             ////
//// This source file may be used and distributed without        ////
//// restriction provided that this copyright statement is not   ////
//// removed from the file and that any derivative work contains ////
//// the original copyright notice and the associated disclaimer.////
////                                                             ////
////     THIS SOFTWARE IS PROVIDED ``AS IS'' AND WITHOUT ANY     ////
//// EXPRESS OR IMPLIED WARRANTIES, INCLUDING, BUT NOT LIMITED   ////
//// TO, THE IMPLIED WARRANTIES OF MERCHANTABILITY AND FITNESS   ////
//// FOR A PARTICULAR PURPOSE. IN NO EVENT SHALL THE AUTHOR      ////
//// OR CONTRIBUTORS BE LIABLE FOR ANY DIRECT, INDIRECT,         ////
//// INCIDENTAL, SPECIAL, EXEMPLARY, OR CONSEQUENTIAL DAMAGES    ////
//// (INCLUDING, BUT NOT LIMITED TO, PROCUREMENT OF SUBSTITUTE   ////
//// GOODS OR SERVICES; LOSS OF USE, DATA, OR PROFITS; OR        ////
//// BUSINESS INTERRUPTION) HOWEVER CAUSED AND ON ANY THEORY OF  ////
//// LIABILITY, WHETHER IN  CONTRACT, STRICT LIABILITY, OR TORT  ////
//// (INCLUDING NEGLIGENCE OR OTHERWISE) ARISING IN ANY WAY OUT  ////
//// OF THE USE OF THIS SOFTWARE, EVEN IF ADVISED OF THE         ////
//// POSSIBILITY OF SUCH DAMAGE.                                 ////
////                                                             ////
/////////////////////////////////////////////////////////////////////
				
//
// NOTE: Read the pipeline information for the CMPS instruction
//

//
// Xilinx Virtex-E WC: 41 CLB slices @ 130MHz
//
									 
//  CVS Log														     
//																     
//  $Id: oc54_cssu.v,v 1.1.1.1 2002/04/10 09:34:41 rherveille Exp $														     
//																     
//  $Date: 2002/04/10 09:34:41 $														 
//  $Revision: 1.1.1.1 $													 
//  $Author: rherveille $													     
//  $Locker:  $													     
//  $State: Exp $														 
//																     
// Change History:												     
//               $Log: oc54_cssu.v,v $
//               Revision 1.1.1.1  2002/04/10 09:34:41  rherveille
//               Initial relase OpenCores54x DSP (CPU)
//											 
																
module oc54_cssu (
	clk, ena,
	sel_acc, is_cssu,
	a, b, s,
	tco,
	trn, result
	);

//
// parameters
//

//
// inputs & outputs
//
input         clk;
input         ena;
input         sel_acc;           // select input
input         is_cssu;           // is this a cssu operation ?
input  [39:0] a, b, s;           // accumulators, shifter input
output        tco;               // tc-out
output [15:0] trn, result;

reg        tco;
reg [15:0] trn, result;

//
// variables
//

wire [31:0] acc;      // selected accumulator
wire        acc_cmp;  // acc[31;16]>acc[15:0] ??
//
// module body
//

//
// generate input selection
//

// input selection
assign acc = sel_acc ? b[39:0] : a[39:0];

assign acc_cmp = acc[31:16] > acc[15:0];

// result
always@(posedge clk)
	if (ena)
	begin
		if (is_cssu)
			if (acc_cmp)
				result <= acc[31:16];
			else
				result <= acc[15:0];
		else
			result <= s[39:0];

		if (is_cssu)
			trn <= {trn[14:0], ~acc_cmp};

		tco <= ~acc_cmp;
	end
endmodule


/////////////////////////////////////////////////////////////////////
////                                                             ////
////  OpenCores54 DSP, Exponent Encoder                          ////
////                                                             ////
////          richard@asics.ws                                   ////
////          www.asics.ws                                       ////
////                                                             ////
/////////////////////////////////////////////////////////////////////
////                                                             ////
//// Copyright (C) 2002 Richard Herveille                        ////
////                    richard@asics.ws                         ////
////                                                             ////
//// This source file may be used and distributed without        ////
//// restriction provided that this copyright statement is not   ////
//// removed from the file and that any derivative work contains ////
//// the original copyright notice and the associated disclaimer.////
////                                                             ////
////     THIS SOFTWARE IS PROVIDED ``AS IS'' AND WITHOUT ANY     ////
//// EXPRESS OR IMPLIED WARRANTIES, INCLUDING, BUT NOT LIMITED   ////
//// TO, THE IMPLIED WARRANTIES OF MERCHANTABILITY AND FITNESS   ////
//// FOR A PARTICULAR PURPOSE. IN NO EVENT SHALL THE AUTHOR      ////
//// OR CONTRIBUTORS BE LIABLE FOR ANY DIRECT, INDIRECT,         ////
//// INCIDENTAL, SPECIAL, EXEMPLARY, OR CONSEQUENTIAL DAMAGES    ////
//// (INCLUDING, BUT NOT LIMITED TO, PROCUREMENT OF SUBSTITUTE   ////
//// GOODS OR SERVICES; LOSS OF USE, DATA, OR PROFITS; OR        ////
//// BUSINESS INTERRUPTION) HOWEVER CAUSED AND ON ANY THEORY OF  ////
//// LIABILITY, WHETHER IN  CONTRACT, STRICT LIABILITY, OR TORT  ////
//// (INCLUDING NEGLIGENCE OR OTHERWISE) ARISING IN ANY WAY OUT  ////
//// OF THE USE OF THIS SOFTWARE, EVEN IF ADVISED OF THE         ////
//// POSSIBILITY OF SUCH DAMAGE.                                 ////
////                                                             ////
/////////////////////////////////////////////////////////////////////
								
//
// Xilinx Virtex-E WC: 116 CLB slices @ 74MHz, pass 4
//
									 
//  CVS Log														     
//																     
//  $Id: oc54_exp.v,v 1.1.1.1 2002/04/10 09:34:41 rherveille Exp $														     
//																     
//  $Date: 2002/04/10 09:34:41 $														 
//  $Revision: 1.1.1.1 $													 
//  $Author: rherveille $													     
//  $Locker:  $													     
//  $State: Exp $														 
//																     
// Change History:												     
//               $Log: oc54_exp.v,v $
//               Revision 1.1.1.1  2002/04/10 09:34:41  rherveille
//               Initial relase OpenCores54x DSP (CPU)
//											 
																
module oc54_exp (
	clk, ena,
	sel_acc,
	a, b,
	bp_ar, bp_br,
	bp_a, bp_b,
	result
	);

//
// parameters
//

//
// inputs & outputs
//
input         clk;
input         ena;
input         sel_acc;                  // select accumulator
input  [39:0] a, b;                     // accumulator inputs
input  [39:0] bp_ar, bp_br;             // bypass accumulator a / b
input         bp_a, bp_b;               // bypass selects
output [ 5:0] result;

reg [5:0] result;

//
// variables
//
reg [39:0] acc;

/////////////////
// module body //
/////////////////  34('1') - 1(sign bit) - 8

//
// generate input selection
//

// input selection
always@(posedge clk)
	if (ena)
		if (sel_acc)
			acc <= bp_b ? bp_br : b;
		else
			acc <= bp_a ? bp_ar : a;

//
// Generate exponent encoder
//
// The result of the exponent encoder is the number of leading
// redundant bits, except the sign-bit, -8. Exp is in the -8 to +31 range.

// 00_0110 -> 11_1001 -> 11_1010

always@(posedge clk)
	if (ena)
/*
		case (acc) // synopsis full_case parallel_case
			//
			// positive numbers
			//
			40'b01??_????_????_????_????_????_????_????_????_????:
				result <= 6'h38; // 1 (leading red. bit) - 1 (sign bit) - 8 = -8
			40'b001?_????_????_????_????_????_????_????_????_????:
				result <= 6'h39; // 2 (leading red. bit) - 1 (sign bit) - 8 = -7
			40'b0001_????_????_????_????_????_????_????_????_????:
				result <= 6'h3a; // 3 (leading red. bit) - 1 (sign bit) - 8 = -6
			40'b0000_1???_????_????_????_????_????_????_????_????:
				result <= #1 6'h3b; // 4 (leading red. bit) - 1 (sign bit) - 8 = -5

			40'b0000_01??_????_????_????_????_????_????_????_????:
				result <= #1 6'h3c; // 5 (leading red. bit) - 1 (sign bit) - 8 = -4
			40'b0000_001?_????_????_????_????_????_????_????_????:
				result <= #1 6'h3d; // 6 (leading red. bit) - 1 (sign bit) - 8 = -3
			40'b0000_0001_????_????_????_????_????_????_????_????:
				result <= #1 6'h3e; // 7 (leading red. bit) - 1 (sign bit) - 8 = -2
			40'b0000_0000_1???_????_????_????_????_????_????_????:
				result <= #1 6'h3f; // 8 (leading red. bit) - 1 (sign bit) - 8 = -1

			40'b0000_0000_01??_????_????_????_????_????_????_????:
				result <= #1 6'h00; // 9 (leading red. bit) - 1 (sign bit) - 8 = 0
			40'b0000_0000_001?_????_????_????_????_????_????_????:
				result <= #1 6'h01; //10 (leading red. bit) - 1 (sign bit) - 8 = 1
			40'b0000_0000_0001_????_????_????_????_????_????_????:
				result <= #1 6'h02; //11 (leading red. bit) - 1 (sign bit) - 8 = 2
			40'b0000_0000_0000_1???_????_????_????_????_????_????:
				result <= #1 6'h03; //12 (leading red. bit) - 1 (sign bit) - 8 = 3

			40'b0000_0000_0000_01??_????_????_????_????_????_????:
				result <= #1 6'h04; //13 (leading red. bit) - 1 (sign bit) - 8 = 4
			40'b0000_0000_0000_001?_????_????_????_????_????_????:
				result <= #1 6'h05; //14 (leading red. bit) - 1 (sign bit) - 8 = 5
			40'b0000_0000_0000_0001_????_????_????_????_????_????:
				result <= #1 6'h06; //15 (leading red. bit) - 1 (sign bit) - 8 = 6
			40'b0000_0000_0000_0000_1???_????_????_????_????_????:
				result <= #1 6'h07; //16 (leading red. bit) - 1 (sign bit) - 8 = 7

			40'b0000_0000_0000_0000_01??_????_????_????_????_????:
				result <= #1 6'h08; //17 (leading red. bit) - 1 (sign bit) - 8 = 8
			40'b0000_0000_0000_0000_001?_????_????_????_????_????:
				result <= #1 6'h09; //18 (leading red. bit) - 1 (sign bit) - 8 = 9
			40'b0000_0000_0000_0000_0001_????_????_????_????_????:
				result <= #1 6'h0a; //19 (leading red. bit) - 1 (sign bit) - 8 =10
			40'b0000_0000_0000_0000_0000_1???_????_????_????_????:
				result <= #1 6'h0b; //20 (leading red. bit) - 1 (sign bit) - 8 =11
	
			40'b0000_0000_0000_0000_0000_01??_????_????_????_????:
				result <= #1 6'h0c; //21 (leading red. bit) - 1 (sign bit) - 8 =12
			40'b0000_0000_0000_0000_0000_001?_????_????_????_????:
				result <= #1 6'h0d; //22 (leading red. bit) - 1 (sign bit) - 8 =13
			40'b0000_0000_0000_0000_0000_0001_????_????_????_????:
				result <= #1 6'h0e; //23 (leading red. bit) - 1 (sign bit) - 8 =14
			40'b0000_0000_0000_0000_0000_0000_1???_????_????_????:
				result <= #1 6'h0f; //24 (leading red. bit) - 1 (sign bit) - 8 =15

			40'b0000_0000_0000_0000_0000_0000_01??_????_????_????:
				result <= #1 6'h10; //25 (leading red. bit) - 1 (sign bit) - 8 =16
			40'b0000_0000_0000_0000_0000_0000_001?_????_????_????:
				result <= #1 6'h11; //26 (leading red. bit) - 1 (sign bit) - 8 =17
			40'b0000_0000_0000_0000_0000_0000_0001_????_????_????:
				result <= #1 6'h12; //27 (leading red. bit) - 1 (sign bit) - 8 =18
			40'b0000_0000_0000_0000_0000_0000_0000_1???_????_????:
				result <= #1 6'h13; //28 (leading red. bit) - 1 (sign bit) - 8 =19

			40'b0000_0000_0000_0000_0000_0000_0000_01??_????_????:
				result <= #1 6'h14; //29 (leading red. bit) - 1 (sign bit) - 8 =20
			40'b0000_0000_0000_0000_0000_0000_0000_001?_????_????:
				result <= #1 6'h15; //30 (leading red. bit) - 1 (sign bit) - 8 =21
			40'b0000_0000_0000_0000_0000_0000_0000_0001_????_????:
				result <= #1 6'h16; //31 (leading red. bit) - 1 (sign bit) - 8 =22
			40'b0000_0000_0000_0000_0000_0000_0000_0000_1???_????:
				result <= #1 6'h17; //32 (leading red. bit) - 1 (sign bit) - 8 =23

			40'b0000_0000_0000_0000_0000_0000_0000_0000_01??_????:
				result <= #1 6'h18; //33 (leading red. bit) - 1 (sign bit) - 8 =24
			40'b0000_0000_0000_0000_0000_0000_0000_0000_001?_????:
				result <= #1 6'h19; //34 (leading red. bit) - 1 (sign bit) - 8 =25
			40'b0000_0000_0000_0000_0000_0000_0000_0000_0001_????:
				result <= #1 6'h1a; //35 (leading red. bit) - 1 (sign bit) - 8 =26
			40'b0000_0000_0000_0000_0000_0000_0000_0000_0000_1???:
				result <= #1 6'h1b; //36 (leading red. bit) - 1 (sign bit) - 8 =27

			40'b0000_0000_0000_0000_0000_0000_0000_0000_0000_01??:
				result <= #1 6'h1c; //37 (leading red. bit) - 1 (sign bit) - 8 =28
			40'b0000_0000_0000_0000_0000_0000_0000_0000_0000_001?:
				result <= #1 6'h1d; //38 (leading red. bit) - 1 (sign bit) - 8 =29
			40'b0000_0000_0000_0000_0000_0000_0000_0000_0000_0001:
				result <= #1 6'h1e; //39 (leading red. bit) - 1 (sign bit) - 8 =30
			40'b0000_0000_0000_0000_0000_0000_0000_0000_0000_0000:
				result <= #1 6'h1f; //40 (leading red. bit) - 1 (sign bit) - 8 =31

			//
			// negative numbers
			//
			40'b10??_????_????_????_????_????_????_????_????_????:
				result <= #1 6'h38; // 1 (leading red. bit) - 1 (sign bit) - 8 = -8
			40'b110?_????_????_????_????_????_????_????_????_????:
				result <= #1 6'h39; // 2 (leading red. bit) - 1 (sign bit) - 8 = -7
			40'b1110_????_????_????_????_????_????_????_????_????:
				result <= #1 6'h3a; // 3 (leading red. bit) - 1 (sign bit) - 8 = -6
			40'b1111_0???_????_????_????_????_????_????_????_????:
				result <= #1 6'h3b; // 4 (leading red. bit) - 1 (sign bit) - 8 = -5

			40'b1111_10??_????_????_????_????_????_????_????_????:
				result <= #1 6'h3c; // 5 (leading red. bit) - 1 (sign bit) - 8 = -4
			40'b1111_110?_????_????_????_????_????_????_????_????:
				result <= #1 6'h3d; // 6 (leading red. bit) - 1 (sign bit) - 8 = -3
			40'b1111_1110_????_????_????_????_????_????_????_????:
				result <= #1 6'h3e; // 7 (leading red. bit) - 1 (sign bit) - 8 = -2
			40'b1111_1111_0???_????_????_????_????_????_????_????:
				result <= #1 6'h3f; // 8 (leading red. bit) - 1 (sign bit) - 8 = -1

			40'b1111_1111_10??_????_????_????_????_????_????_????:
				result <= #1 6'h00; // 9 (leading red. bit) - 1 (sign bit) - 8 = 0
			40'b1111_1111_110?_????_????_????_????_????_????_????:
				result <= #1 6'h01; //10 (leading red. bit) - 1 (sign bit) - 8 = 1
			40'b1111_1111_1110_????_????_????_????_????_????_????:
				result <= #1 6'h02; //11 (leading red. bit) - 1 (sign bit) - 8 = 2
			40'b1111_1111_1111_0???_????_????_????_????_????_????:
				result <= #1 6'h03; //12 (leading red. bit) - 1 (sign bit) - 8 = 3

			40'b1111_1111_1111_10??_????_????_????_????_????_????:
				result <= #1 6'h04; //13 (leading red. bit) - 1 (sign bit) - 8 = 4
			40'b1111_1111_1111_110?_????_????_????_????_????_????:
				result <= #1 6'h05; //14 (leading red. bit) - 1 (sign bit) - 8 = 5
			40'b1111_1111_1111_1110_????_????_????_????_????_????:
				result <= #1 6'h06; //15 (leading red. bit) - 1 (sign bit) - 8 = 6
			40'b1111_1111_1111_1111_0???_????_????_????_????_????:
				result <= #1 6'h07; //16 (leading red. bit) - 1 (sign bit) - 8 = 7

			40'b1111_1111_1111_1111_10??_????_????_????_????_????:
				result <= #1 6'h08; //17 (leading red. bit) - 1 (sign bit) - 8 = 8
			40'b1111_1111_1111_1111_110?_????_????_????_????_????:
				result <= #1 6'h09; //18 (leading red. bit) - 1 (sign bit) - 8 = 9
			40'b1111_1111_1111_1111_1110_????_????_????_????_????:
				result <= #1 6'h0a; //19 (leading red. bit) - 1 (sign bit) - 8 =10
			40'b1111_1111_1111_1111_1111_0???_????_????_????_????:
				result <= #1 6'h0b; //20 (leading red. bit) - 1 (sign bit) - 8 =11
	
			40'b1111_1111_1111_1111_1111_10??_????_????_????_????:
				result <= #1 6'h0c; //21 (leading red. bit) - 1 (sign bit) - 8 =12
			40'b1111_1111_1111_1111_1111_110?_????_????_????_????:
				result <= #1 6'h0d; //22 (leading red. bit) - 1 (sign bit) - 8 =13
			40'b1111_1111_1111_1111_1111_1110_????_????_????_????:
				result <= #1 6'h0e; //23 (leading red. bit) - 1 (sign bit) - 8 =14
			40'b1111_1111_1111_1111_1111_1111_0???_????_????_????:
				result <= #1 6'h0f; //24 (leading red. bit) - 1 (sign bit) - 8 =15

			40'b1111_1111_1111_1111_1111_1111_10??_????_????_????:
				result <= #1 6'h10; //25 (leading red. bit) - 1 (sign bit) - 8 =16
			40'b1111_1111_1111_1111_1111_1111_110?_????_????_????:
				result <= #1 6'h11; //26 (leading red. bit) - 1 (sign bit) - 8 =17
			40'b1111_1111_1111_1111_1111_1111_1110_????_????_????:
				result <= #1 6'h12; //27 (leading red. bit) - 1 (sign bit) - 8 =18
			40'b1111_1111_1111_1111_1111_1111_1111_0???_????_????:
				result <= #1 6'h13; //28 (leading red. bit) - 1 (sign bit) - 8 =19

			40'b1111_1111_1111_1111_1111_1111_1111_10??_????_????:
				result <= #1 6'h14; //29 (leading red. bit) - 1 (sign bit) - 8 =20
			40'b1111_1111_1111_1111_1111_1111_1111_110?_????_????:
				result <= #1 6'h15; //30 (leading red. bit) - 1 (sign bit) - 8 =21
			40'b1111_1111_1111_1111_1111_1111_1111_1110_????_????:
				result <= #1 6'h16; //31 (leading red. bit) - 1 (sign bit) - 8 =22
			40'b1111_1111_1111_1111_1111_1111_1111_1111_0???_????:
				result <= #1 6'h17; //32 (leading red. bit) - 1 (sign bit) - 8 =23

			40'b1111_1111_1111_1111_1111_1111_1111_1111_10??_????:
				result <= #1 6'h18; //33 (leading red. bit) - 1 (sign bit) - 8 =24
			40'b1111_1111_1111_1111_1111_1111_1111_1111_110?_????:
				result <= #1 6'h19; //34 (leading red. bit) - 1 (sign bit) - 8 =25
			40'b1111_1111_1111_1111_1111_1111_1111_1111_1110_????:
				result <= #1 6'h1a; //35 (leading red. bit) - 1 (sign bit) - 8 =26
			40'b1111_1111_1111_1111_1111_1111_1111_1111_1111_0???:
				result <= #1 6'h1b; //36 (leading red. bit) - 1 (sign bit) - 8 =27

			40'b1111_1111_1111_1111_1111_1111_1111_1111_1111_10??:
				result <= #1 6'h1c; //37 (leading red. bit) - 1 (sign bit) - 8 =28
			40'b1111_1111_1111_1111_1111_1111_1111_1111_1111_110?:
				result <= #1 6'h1d; //38 (leading red. bit) - 1 (sign bit) - 8 =29
			40'b1111_1111_1111_1111_1111_1111_1111_1111_1111_1110:
				result <= #1 6'h1e; //39 (leading red. bit) - 1 (sign bit) - 8 =30
			40'b1111_1111_1111_1111_1111_1111_1111_1111_1111_1111:
				result <= #1 6'h1f; //40 (leading red. bit) - 1 (sign bit) - 8 =31
		endcase
*/
		if (acc)
			result <= 6'h1f; //40 (leading red. bit) - 1 (sign bit) - 8 =31
		else
			result <= 6'h1e; //39 (leading red. bit) - 1 (sign bit) - 8 =30

endmodule

/////////////////////////////////////////////////////////////////////
////                                                             ////
////  OpenCores54 DSP, MAC                                       ////
////                                                             ////
////          richard@asics.ws                                   ////
////          www.asics.ws                                       ////
////                                                             ////
/////////////////////////////////////////////////////////////////////
////                                                             ////
//// Copyright (C) 2002 Richard Herveille                        ////
////                    richard@asics.ws                         ////
////                                                             ////
//// This source file may be used and distributed without        ////
//// restriction provided that this copyright statement is not   ////
//// removed from the file and that any derivative work contains ////
//// the original copyright notice and the associated disclaimer.////
////                                                             ////
////     THIS SOFTWARE IS PROVIDED ``AS IS'' AND WITHOUT ANY     ////
//// EXPRESS OR IMPLIED WARRANTIES, INCLUDING, BUT NOT LIMITED   ////
//// TO, THE IMPLIED WARRANTIES OF MERCHANTABILITY AND FITNESS   ////
//// FOR A PARTICULAR PURPOSE. IN NO EVENT SHALL THE AUTHOR      ////
//// OR CONTRIBUTORS BE LIABLE FOR ANY DIRECT, INDIRECT,         ////
//// INCIDENTAL, SPECIAL, EXEMPLARY, OR CONSEQUENTIAL DAMAGES    ////
//// (INCLUDING, BUT NOT LIMITED TO, PROCUREMENT OF SUBSTITUTE   ////
//// GOODS OR SERVICES; LOSS OF USE, DATA, OR PROFITS; OR        ////
//// BUSINESS INTERRUPTION) HOWEVER CAUSED AND ON ANY THEORY OF  ////
//// LIABILITY, WHETHER IN  CONTRACT, STRICT LIABILITY, OR TORT  ////
//// (INCLUDING NEGLIGENCE OR OTHERWISE) ARISING IN ANY WAY OUT  ////
//// OF THE USE OF THIS SOFTWARE, EVEN IF ADVISED OF THE         ////
//// POSSIBILITY OF SUCH DAMAGE.                                 ////
////                                                             ////
/////////////////////////////////////////////////////////////////////
								
//
// Xilinx Virtex-E WC: 296 CLB slices @ 64MHz
//
									 
//  CVS Log														     
//																     
//  $Id: oc54_mac.v,v 1.1.1.1 2002/04/10 09:34:41 rherveille Exp $														     
//																     
//  $Date: 2002/04/10 09:34:41 $														 
//  $Revision: 1.1.1.1 $													 
//  $Author: rherveille $													     
//  $Locker:  $													     
//  $State: Exp $														 
//																     
// Change History:												     
//               $Log: oc54_mac.v,v $
//               Revision 1.1.1.1  2002/04/10 09:34:41  rherveille
//               Initial relase OpenCores54x DSP (CPU)
//											 
																
module oc54_mac (
	clk, ena, 
	a, b, t, p, c, d,
	sel_xm, sel_ym, sel_ya,
	bp_a, bp_b, bp_ar, bp_br,
	xm_s, ym_s,
	ovm, frct, smul, add_sub,
	result
	);

//
// parameters
//

//
// inputs & outputs
//
input         clk;
input         ena;
input  [15:0] t, p, c, d;               // TREG, p-bus, c-bus, d-bus inputs
input  [39:0] a, b;                     // accumulator inputs
input  [ 1:0] sel_xm, sel_ym, sel_ya;   // input selects
input  [39:0] bp_ar, bp_br;             // bypass accumulator a / b
input         bp_a, bp_b;               // bypass selects
input         xm_s, ym_s;               // sign extend xm, ym
input         ovm, frct, smul, add_sub;
output [39:0] result;

reg [39:0] result;

//
// variables
//
reg  [16:0] xm, ym;              // multiplier inputs
reg  [39:0] ya;                  // adder Y-input

reg  [33:0] mult_res;            // multiplier result
wire [33:0] imult_res;           // actual multiplier
reg  [39:0] iresult;             // mac-result

/////////////////
// module body //
/////////////////

//
// generate input selection
//
wire bit1;
assign bit1 = xm_s ? t[15] : 1'b0;
wire bit2;
assign bit2 = ym_s ? p[15] : 1'b0; 
// xm
always@(posedge clk)
begin
	if (ena)
		case(sel_xm) // synopsis full_case parallel_case
			2'b00 : xm <= {bit1, t};
			2'b01 : xm <= {bit1, d};
			2'b10 : xm <= bp_a ? bp_ar[32:16] : a[32:16];
			2'b11 : xm <= 17'h0;
		endcase
end

// ym
always@(posedge clk)
	if (ena)
		case(sel_ym) // synopsis full_case parallel_case
			2'b00 : ym <= {bit2, p};
			2'b01 : ym <= bp_a ? bp_ar[32:16] : a[32:16];
			2'b10 : ym <= {bit2, d};
			2'b11 : ym <= {bit2, c};
		endcase

// ya
always@(posedge clk)
	if (ena)
		case(sel_ya) // synopsis full_case parallel_case
			2'b00 : ya <= bp_a ? bp_ar : a;
			2'b01 : ya <= bp_b ? bp_br : b;
			default : ya <= 40'h0;
		endcase

//
// generate multiplier
//
assign imult_res = (xm * ym); // actual multiplier

always@(xm or ym or smul or ovm or frct or imult_res)
	if (smul && ovm && frct && (xm[15:0] == 16'h8000) && (ym[15:0] == 16'h8000) )
		mult_res = 34'h7ffffff;
	else if (frct)
		mult_res = {imult_res[32:0], 1'b0}; // (imult_res << 1)
	else
		mult_res = imult_res;

//
// generate mac-unit
//
always@(mult_res or ya or add_sub)
	if (add_sub)
		iresult = mult_res + ya;
	else
		iresult = mult_res - ya;

//
// generate registers
//

// result
always@(posedge clk)
	if (ena)
		result <= iresult;

endmodule


/////////////////////////////////////////////////////////////////////
////                                                             ////
////  OpenCores54 DSP, Temporary Register (TREG)                 ////
////                                                             ////
////          richard@asics.ws                                   ////
////          www.asics.ws                                       ////
////                                                             ////
/////////////////////////////////////////////////////////////////////
////                                                             ////
//// Copyright (C) 2002 Richard Herveille                        ////
////                    richard@asics.ws                         ////
////                                                             ////
//// This source file may be used and distributed without        ////
//// restriction provided that this copyright statement is not   ////
//// removed from the file and that any derivative work contains ////
//// the original copyright notice and the associated disclaimer.////
////                                                             ////
////     THIS SOFTWARE IS PROVIDED ``AS IS'' AND WITHOUT ANY     ////
//// EXPRESS OR IMPLIED WARRANTIES, INCLUDING, BUT NOT LIMITED   ////
//// TO, THE IMPLIED WARRANTIES OF MERCHANTABILITY AND FITNESS   ////
//// FOR A PARTICULAR PURPOSE. IN NO EVENT SHALL THE AUTHOR      ////
//// OR CONTRIBUTORS BE LIABLE FOR ANY DIRECT, INDIRECT,         ////
//// INCIDENTAL, SPECIAL, EXEMPLARY, OR CONSEQUENTIAL DAMAGES    ////
//// (INCLUDING, BUT NOT LIMITED TO, PROCUREMENT OF SUBSTITUTE   ////
//// GOODS OR SERVICES; LOSS OF USE, DATA, OR PROFITS; OR        ////
//// BUSINESS INTERRUPTION) HOWEVER CAUSED AND ON ANY THEORY OF  ////
//// LIABILITY, WHETHER IN  CONTRACT, STRICT LIABILITY, OR TORT  ////
//// (INCLUDING NEGLIGENCE OR OTHERWISE) ARISING IN ANY WAY OUT  ////
//// OF THE USE OF THIS SOFTWARE, EVEN IF ADVISED OF THE         ////
//// POSSIBILITY OF SUCH DAMAGE.                                 ////
////                                                             ////
/////////////////////////////////////////////////////////////////////
				
//
// NOTE: Read the pipeline information for the CMPS instruction
//

//
// Xilinx Virtex-E WC: 41 CLB slices @ 130MHz
//
									 
//  CVS Log														     
//																     
//  $Id: oc54_treg.v,v 1.1.1.1 2002/04/10 09:34:41 rherveille Exp $														     
//																     
//  $Date: 2002/04/10 09:34:41 $														 
//  $Revision: 1.1.1.1 $													 
//  $Author: rherveille $													     
//  $Locker:  $													     
//  $State: Exp $														 
//																     
// Change History:												     
//               $Log: oc54_treg.v,v $
//               Revision 1.1.1.1  2002/04/10 09:34:41  rherveille
//               Initial relase OpenCores54x DSP (CPU)
//											 
																
module oc54_treg (
	clk, ena,
	seli, we, 
	exp, d,
	result
	);

//
// parameters
//

//
// inputs & outputs
//
input         clk;
input         ena;
input         seli;              // select input
input         we;                // store result
input  [5:0] exp;               // exponent encoder input
input  [15:0] d;                 // DB input
output [15:0] result;

reg [15:0] result;

//
// variables
//

//
// module body
//

//
// generate input selection
//

// result
always@(posedge clk)
	if (ena)
		if (we)
			result <= seli ? {10'h0, exp} : d;
endmodule